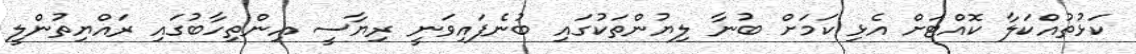
ކަޅުތުއްކަލާ ކޮއްޓަށް އެޅި ކަމަށް ބުނާ ލިޔުންތަކުގައި ބުނެފައިވަނީ ރިޔާސީ އިންތިހާބުގައި ރައްޔިތުންލީ